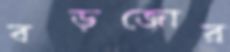
বড়জোর